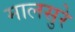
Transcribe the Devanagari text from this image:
मालसुरे